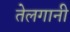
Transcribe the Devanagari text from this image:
तेलगानी